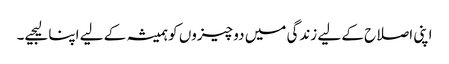
اپنی اصلاح کے لیے زندگی میں دو چیزوں کو ہمیشہ کے لیے اپنا لیجیے۔